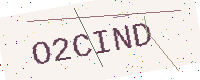
Text: O2CIND